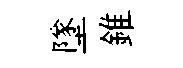
墜錐